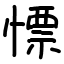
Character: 慓